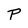
Character: P